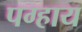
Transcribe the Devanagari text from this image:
पग्हाय